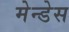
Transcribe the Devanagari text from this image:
मेन्डेस